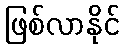
ဖြစ်လာနိုင်